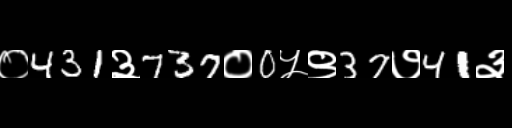
Text: ०431३737०0५९37७41३